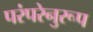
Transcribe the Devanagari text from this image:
परंपरेनुरूप